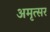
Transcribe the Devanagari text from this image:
अमृत्सर